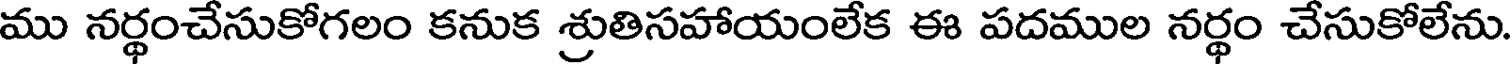
ము నర్థంచేసుకోగలం కనుక శ్రుతిసహాయంలేక ఈ పదముల నర్థం చేసుకోలేను